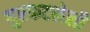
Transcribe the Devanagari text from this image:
गुरफटलेली